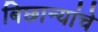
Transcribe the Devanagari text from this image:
बिछान्यांचे